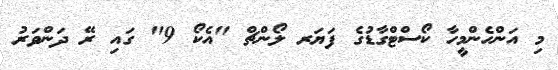
މި އަންހެންމީހާ ކޯސްޓްގާޑުގެ ފަޔަރ ލޯންޗް "އެކޯ 9" ގައި ރޭ ދަންވަރު